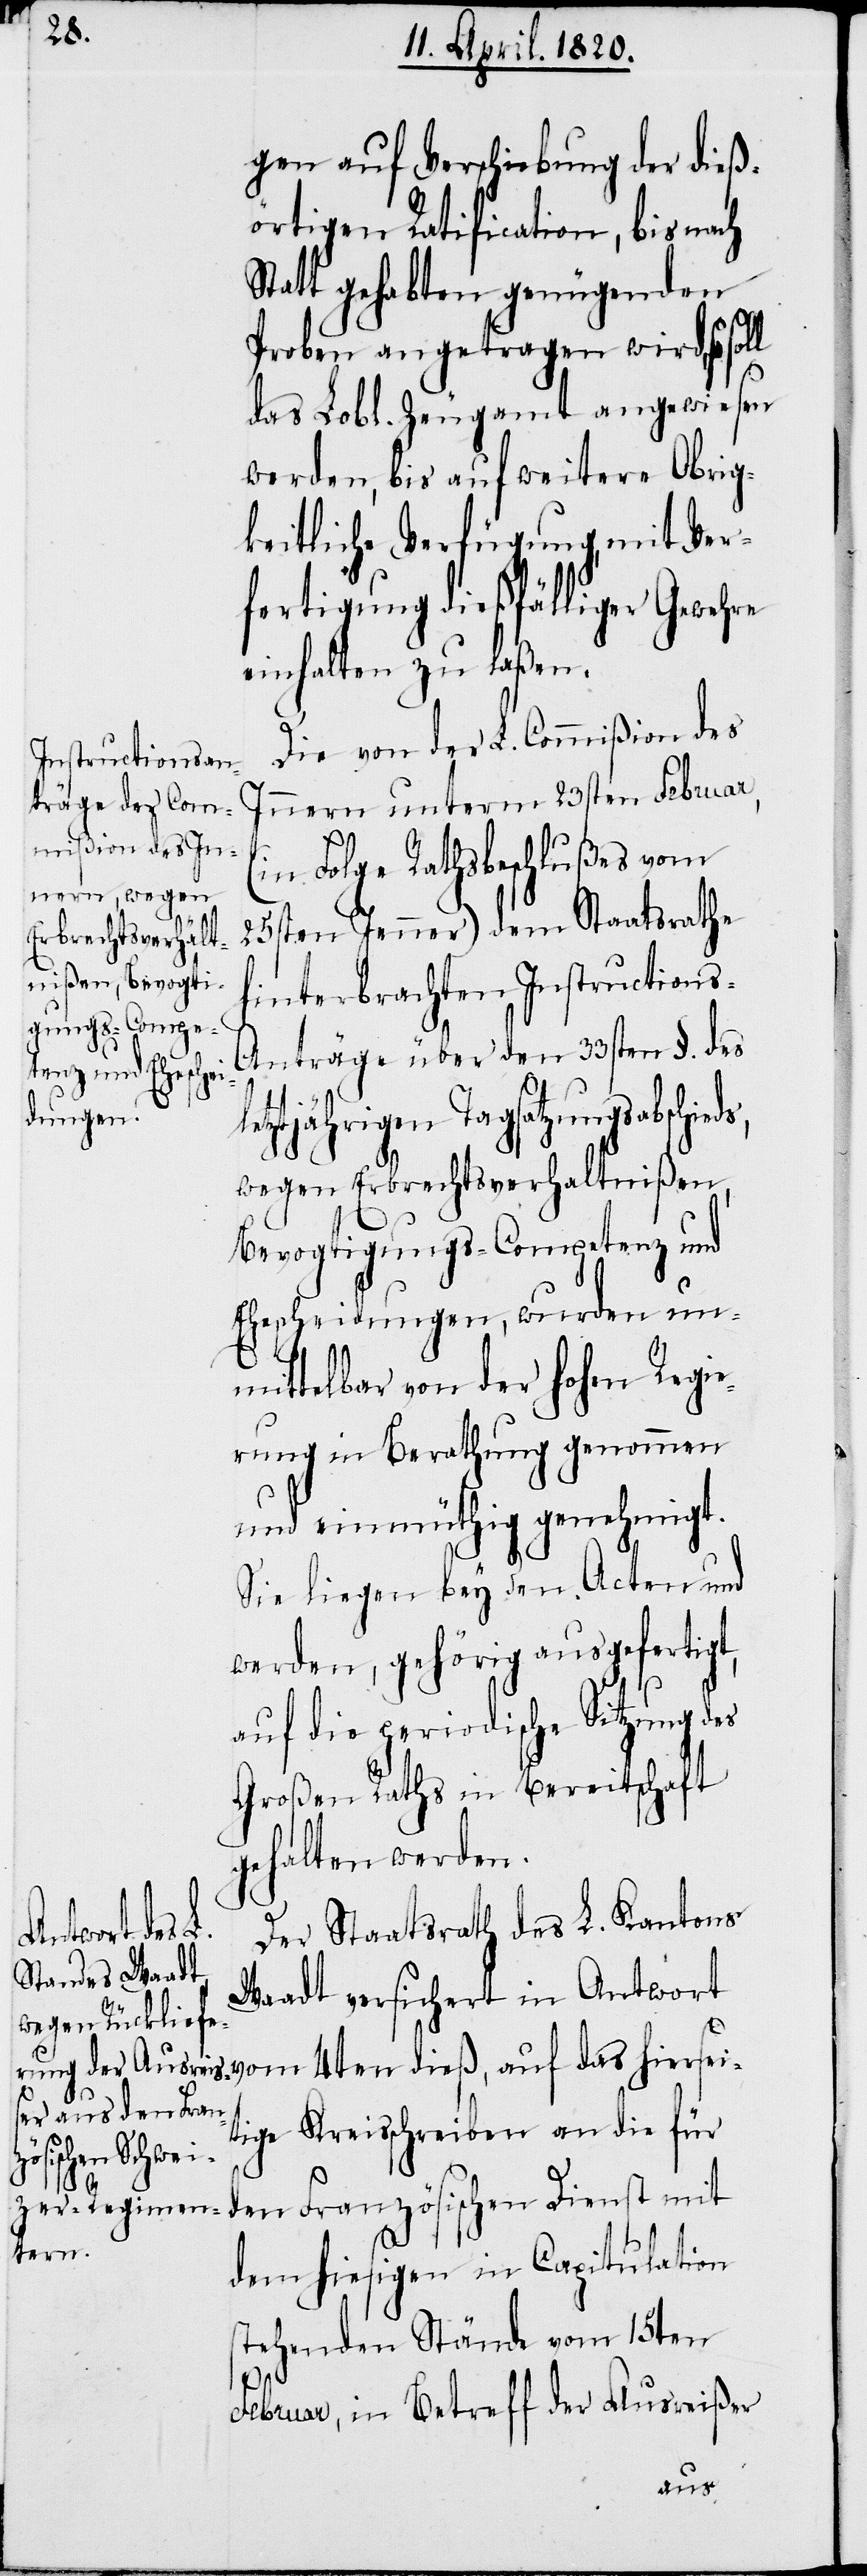
gen auf Verschiebung der dieß¬
örtigen Ratification, bis nach
Statt gehabten genügenden
Proben angetragen wird, so
das Lobl. Zeugamt angewiesen
werden, bis auf weitere Obrig¬
keitliche Verfügung, mit Ver¬
fertigung dießfälliger Gewehre
einhalten zu laßen.
Die von der L. Commißion des
Innern unterm 23sten Februar,
(in Folge Rathsbeschlußes vom
25sten Jenner) dem Staatsrathe
hinterbrachten Instruction¬
nträge über den 33sten §. des
etztjährigen Tagsatzungabschie¬
wegen Erbrechtsverhaltnißen,
Bevogtigungs-Competenz und
Ehescheidungen, wurden un¬
mittelbar von der Hohen Regie¬
rung in Berathung genommen
und einmüthig genehmigt.
Sie liegen bey den Acten und
werden, gehörig ausgefertigt,
auf die periodische Sitzung des
Großen Raths in Bereitschaft
gehalten werden.
Der Staatsrath des L. Kantons
das hiersei¬
Waadt versichert in Antwort
tige Kreisschreiben an die für
ds,
den Französischen Dienst mit
dem hiesigen in Capitulation
stehenden Stände vom 15ten
Februar, in Betreff der Ausreißer
auf